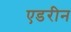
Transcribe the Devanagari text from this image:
एडरीन